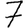
Digit: 7